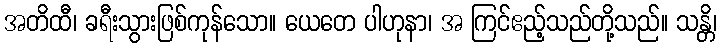
အတိထီ၊ ခရီးသွားဖြစ်ကုန်သော။ ယေတေ ပါဟုနာ၊ အ ကြင်ဧည့်သည်တို့သည်။ သန္တိ၊